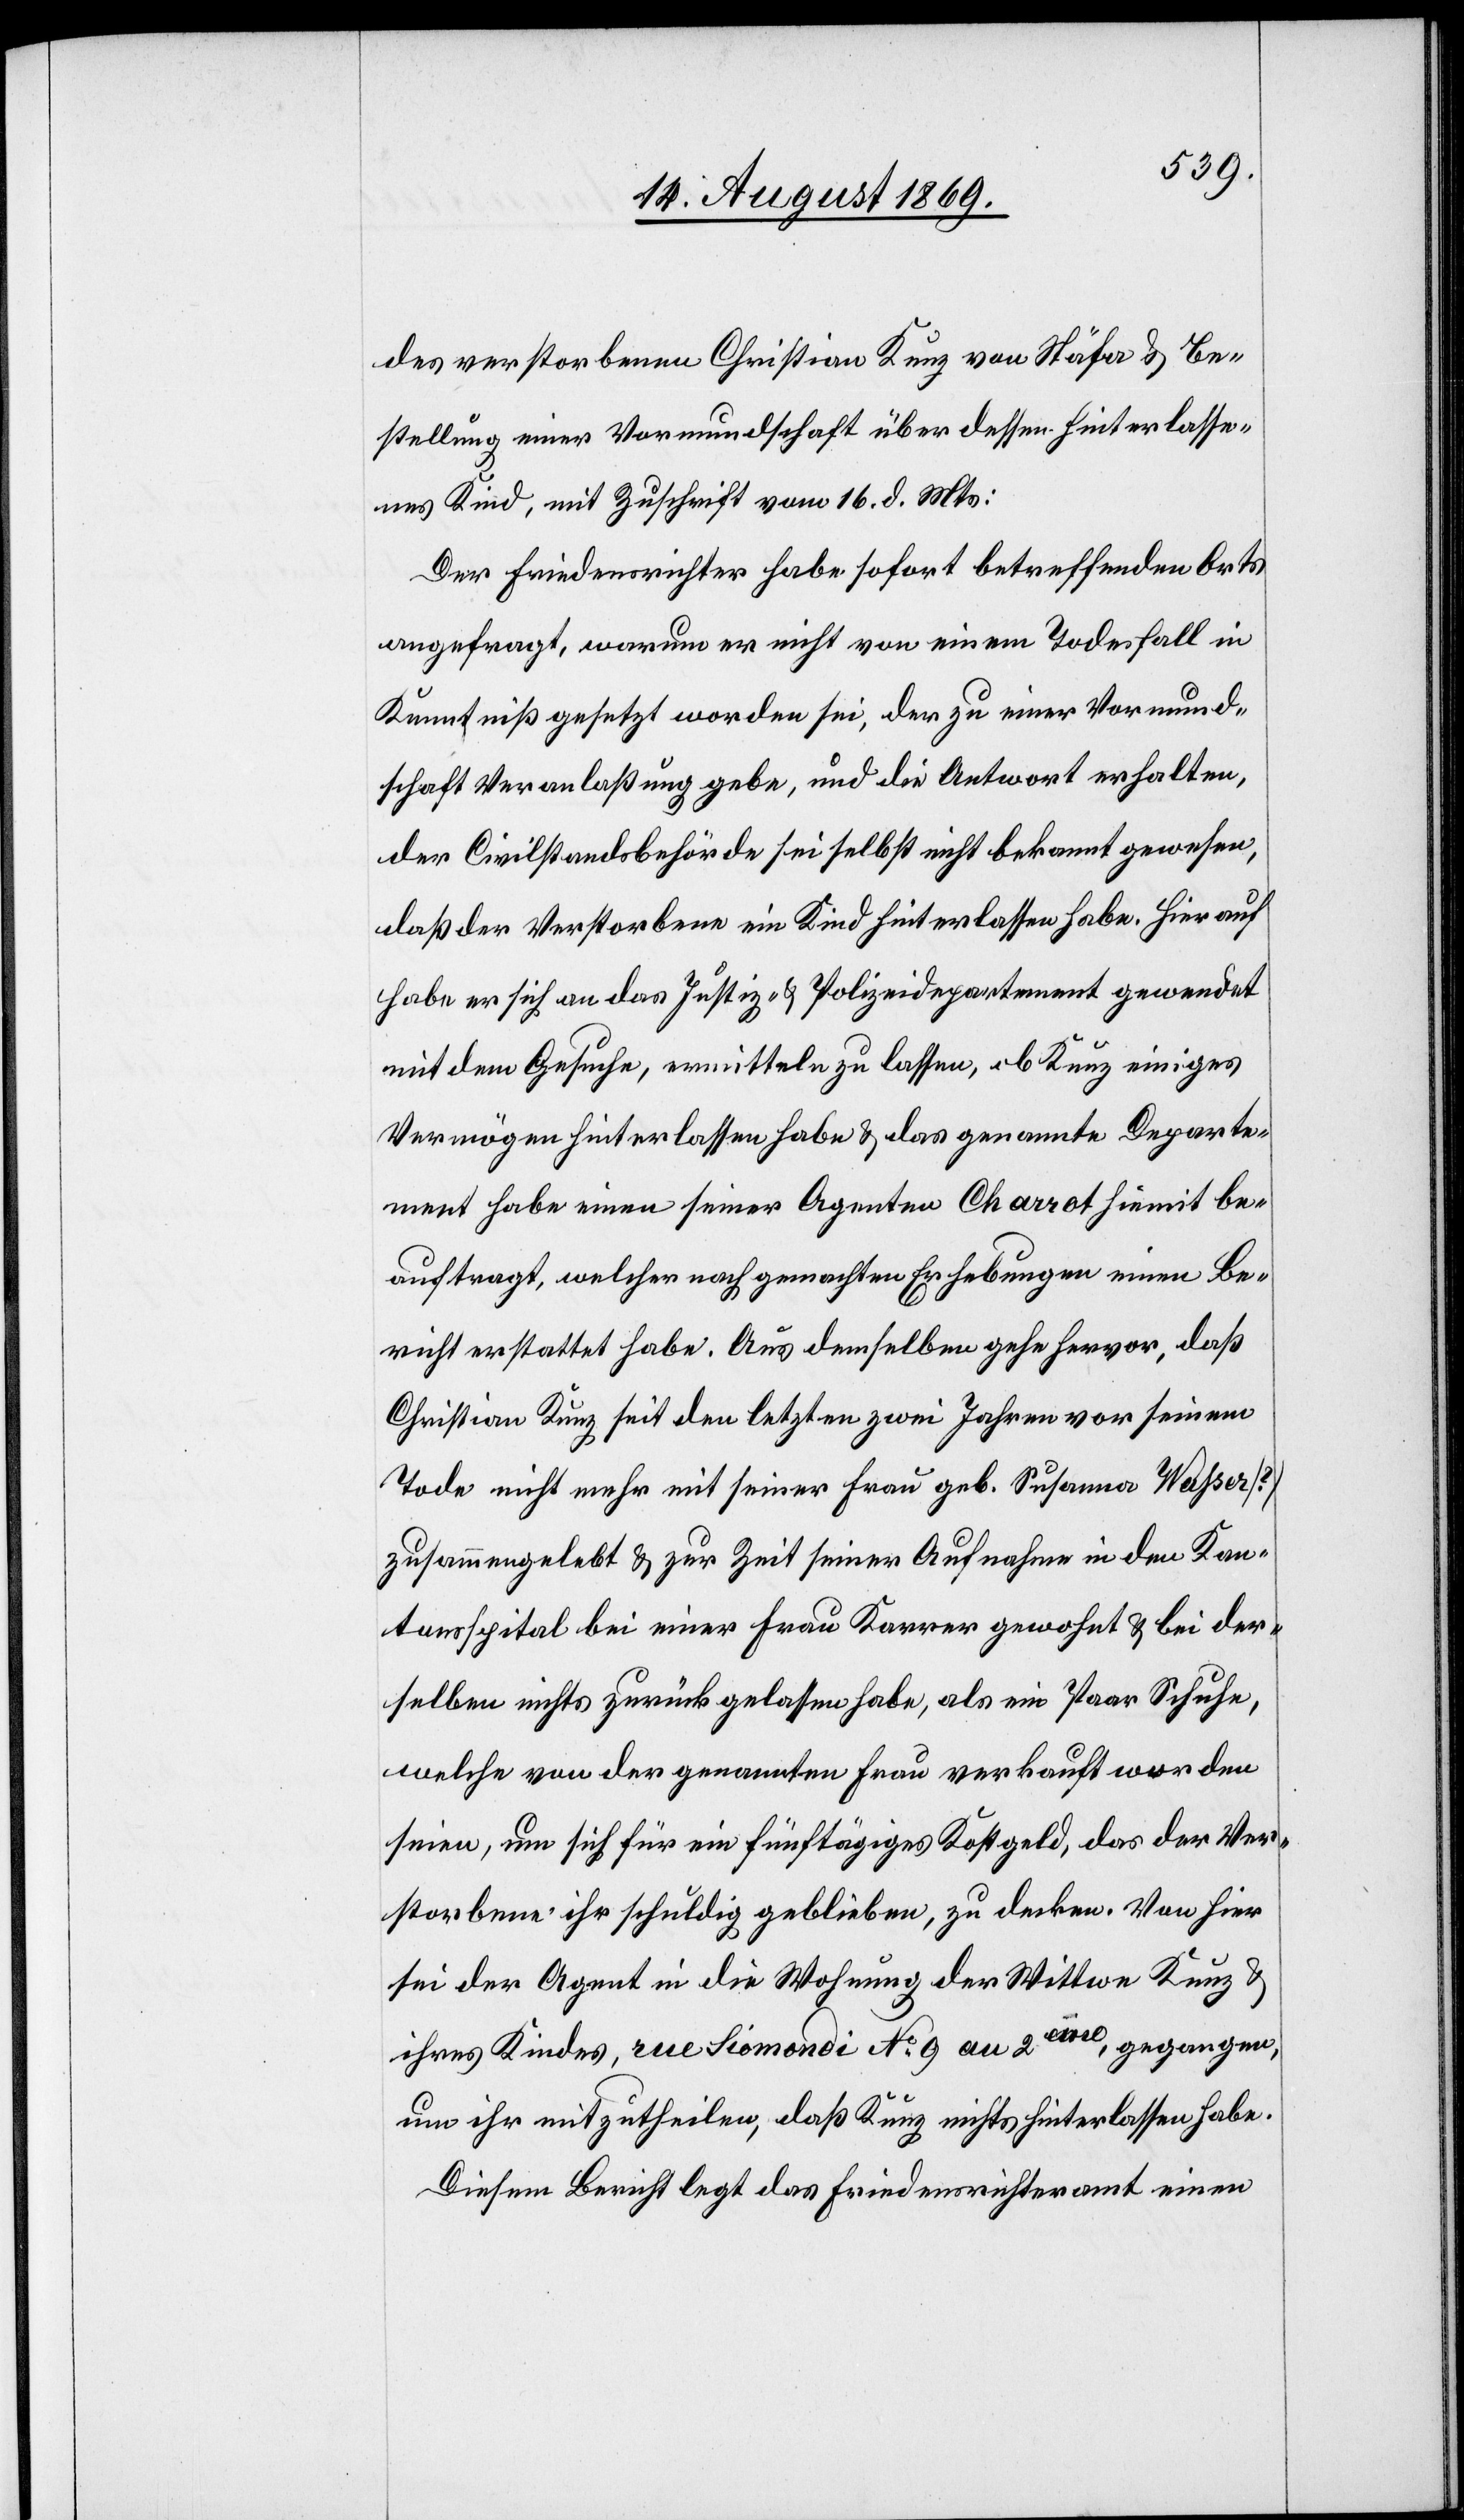
des verstorbenen Christian Kunz von Stäfa & Be¬
stellung einer Vormundschaft über dessen hinterlasse¬
nes Kind, mit Zuschrift vom 16. d. Mts:
Der Friedensrichter habe sofort betreffenden Orts
angefragt, warum er nicht von einem Todesfall in
Kenntniß gesetzt worden sei, der zu einer Vormund¬
schaft Veranlaßung gebe, und die Antwort erhalten,
der Civilstandsbehörde sei selbst nicht bekannt gewesen,
daß der Verstorbene ein Kind hinterlassen habe. Hierauf
habe er sich an das Justiz- & Polizeidepartement gewendet
mit dem Gesuche, ermitteln zu lassen, ob Kunz einiges
Vermögen hinterlassen habe & das genannte Departe¬
ment habe einen seiner Agenten Charrot hiemit be¬
auftragt, welcher nach gemachten Erhebungen einen Be¬
richt erstattet habe. Aus demselben gehe hervor, daß
Christian Kunz seit den letzten zwei Jahren vor seinem
Tode nicht mehr mit seiner Frau geb. Susanna Wahser
zusammengelebt & zur Zeit seiner Aufnahme in den Kan¬
tonsspital bei einer Frau Karrer gewohnt & bei der¬
selben nichts zurückgelassen habe, als ein Paar Schuhe,
welche von der genannten Frau verkauft worden
seien, um sich für ein fünftägiges Kostgeld, das der Ver¬
storbene ihr schuldig geblieben, zu decken. Von hier
sei der Agent in die Wohnung der Wittwe Kunz
ihres Kindes, rue Siomondi No 9 an 2eme, gegangen,
um ihr mitzutheilen, daß Kunz nichts hinterlassen habe.
Diesem Bericht legt das Friedensrichteramt einen